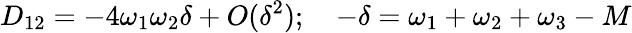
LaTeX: D_{12}=-4\omega_{1}\omega_{2}\delta+O(\delta^{2});\quad-\delta=\omega_{1}+\omega_{2}+\omega_{3}-M